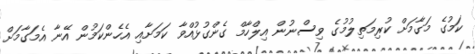
ކަމުގެ މަގާމަށް ކުރިމަތިލުމުގެ ވިސްނުން އިލްހާމް ގެންގުޅުއްވާ ކަމަށާއި އެހެންކަމުން އޭނާ އެމަގާމަށް